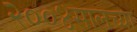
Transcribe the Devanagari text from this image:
२००४सालच्या